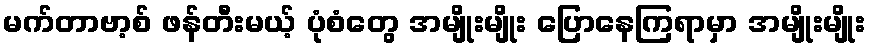
မက်တာဗာ့စ် ဖန်တီးမယ့် ပုံစံတွေ အမျိုးမျိုး ပြောနေကြရာမှာ အမျိုးမျိုး